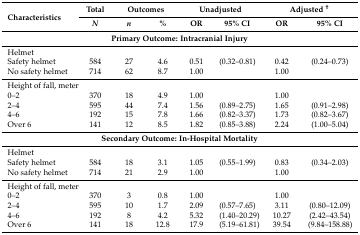
| <ROWSPAN=2> Characteristics | Total | <COLSPAN=2> Outcomes | <COLSPAN=2> Unadjusted | <COLSPAN=2> Adjusted † |
 | N | n | % | OR | 95% CI | OR | 95% CI |
 | --- | --- | --- | --- | --- | --- | --- | --- |
 | <COLSPAN=8> Primary Outcome: Intracranial Injury |
 | Helmet |  |  |  |  |  |  |  |
 | Safety helmet | 584 | 27 | 4.6 | 0.51 | (0.32–0.81) | 0.42 | (0.24–0.73) |
 | No safety helmet | 714 | 62 | 8.7 | 1.00 |  | 1.00 |  |
 | <COLSPAN=2> Height of fall, meter |  |  |  |  |  |  |
 | 0–2 | 370 | 18 | 4.9 | 1.00 |  | 1.00 |  |
 | 2–4 | 595 | 44 | 7.4 | 1.56 | (0.89–2.75) | 1.65 | (0.91–2.98) |
 | 4–6 | 192 | 15 | 7.8 | 1.66 | (0.82–3.37) | 1.73 | (0.82–3.67) |
 | Over 6 | 141 | 12 | 8.5 | 1.82 | (0.85–3.88) | 2.24 | (1.00–5.04) |
 | <COLSPAN=8> Secondary Outcome: In-Hospital Mortality |
 | Helmet |  |  |  |  |  |  |  |
 | Safety helmet | 584 | 18 | 3.1 | 1.05 | (0.55–1.99) | 0.83 | (0.34–2.03) |
 | No safety helmet | 714 | 21 | 2.9 | 1.00 |  | 1.00 |  |
 | <COLSPAN=2> Height of fall, meter |  |  |  |  |  |  |
 | 0–2 | 370 | 3 | 0.8 | 1.00 |  | 1.00 |  |
 | 2–4 | 595 | 10 | 1.7 | 2.09 | (0.57–7.65) | 3.11 | (0.80–12.09) |
 | 4–6 | 192 | 8 | 4.2 | 5.32 | (1.40–20.29) | 10.27 | (2.42–43.54) |
 | Over 6 | 141 | 18 | 12.8 | 17.9 | (5.19–61.81) | 39.54 | (9.84–158.88) |